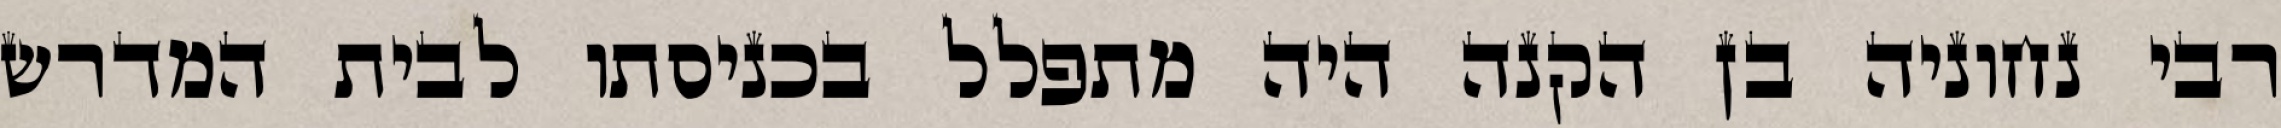
רבי נחוניה בן הקנה היה מתפלל בכניסתו לבית המדרש